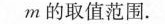
m的取值范围.